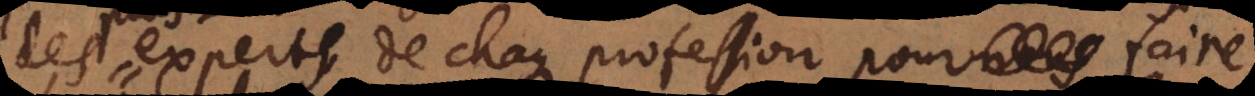
des experts de chaque profession, pour nous